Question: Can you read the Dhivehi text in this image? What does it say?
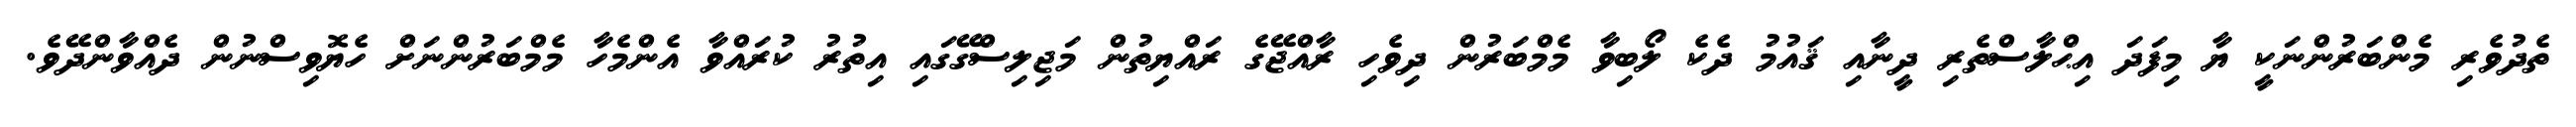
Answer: ތެދުވެރި މެންބަރުންނަކީ ޔާ މިފަދަ އިޙްލާސްތެރި ދީނާއި ޤައުމު ދެކެ ލޯބިވާ މެމްބަރުން ދިވެހި ރާއްޖޭގެ ރައްޔިތުން މަޖިލިސްގޭގައި އިތުރު ކުރައްވާ އެންމެހާ މެމްބަރުންނަށް ހެޔޮވިސްނުން ދެއްވާންދޭވެ.